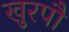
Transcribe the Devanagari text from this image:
खुरपौ